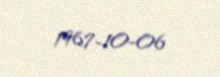
1967-10-06